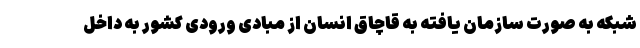
شبکه به صورت سازمان یافته به قاچاق انسان از مبادی ورودی کشور به داخل